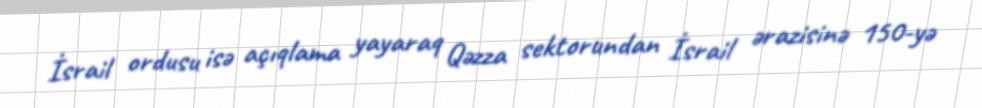
İsrail ordusu isə açıqlama yayaraq Qəzza sektorundan İsrail ərazisinə 150-yə